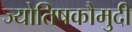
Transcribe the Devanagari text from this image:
ज्योतिषकौमुदी